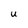
Character: U